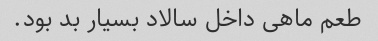
طعم ماهی داخل سالاد بسیار بد بود.